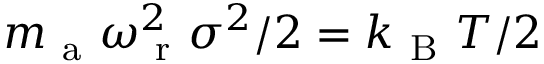
m _ { \mathrm { ~ a ~ } } \omega _ { \mathrm { ~ r ~ } } ^ { 2 } \sigma ^ { 2 } / 2 = k _ { \mathrm { ~ B ~ } } T / 2